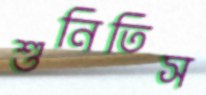
শুনিতিস